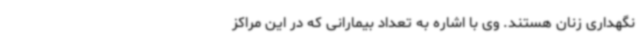
نگهداری زنان هستند. وی با اشاره به تعداد بیمارانی که در این مراکز